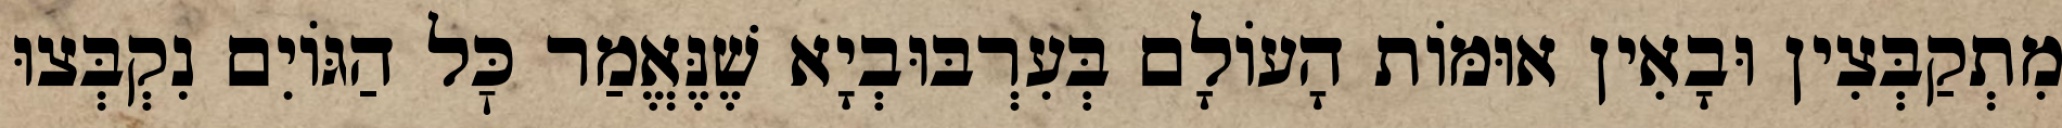
מִתְקַבְּצִין וּבָאִין אוּמּוֹת הָעוֹלָם בְּעִרְבּוּבְיָא שֶׁנֶּאֱמַר כׇּל הַגּוֹיִם נִקְבְּצוּ